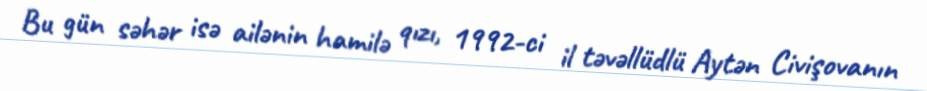
Bu gün səhər isə ailənin hamilə qızı, 1992-ci il təvəllüdlü Aytən Civişovanın